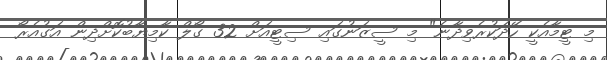
މި ޓީމާއެކީ ހޭދަކުރެވިދާނެ" މި ސީޒަނުގައި ސިޓީއަށް 32 ގޯލް ކާމިޔާބުކޮށްދިން އަގުއެރޯ